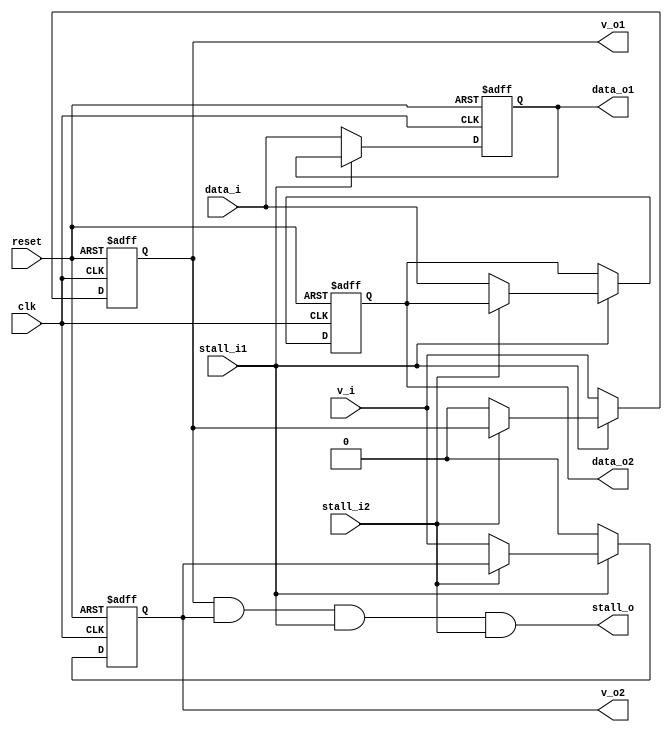
module shift_stage(clk, reset,
                v_i, v_o1, v_o2,
                data_i, data_o1, data_o2,
                stall_i1, stall_i2, stall_o);

    input  clk, reset;
    input  v_i;
    output v_o1, v_o2;
    input [31:0] data_i;
    output [31:0] data_o1, data_o2;
    input stall_i1, stall_i2;
    output stall_o;

    reg v_r1, v_r2;
    reg [31:0] data_r1, data_r2;

    assign v_o1 = v_r1;
    assign v_o2 = v_r2;
    assign data_o1 = data_r1;
    assign data_o2 = data_r2;
    assign stall_o = (v_r1 & v_r2 & stall_i1 & stall_i2);

    always @(posedge clk or negedge reset) begin
        if (~reset) begin
            v_r1 <= 0;
            data_r1 <= 0;
            v_r2 <= 0;
            data_r2 <= 0;
        end else begin
            if (~stall_i1) begin
                v_r1 <= v_i;
                data_r1 <= data_i;
                v_r2 <= 0;
            end else if (~stall_i2) begin
                v_r2 <= v_i;
                data_r2 <= data_i;
                v_r1 <= 0;
            end
        end
    end
endmodule